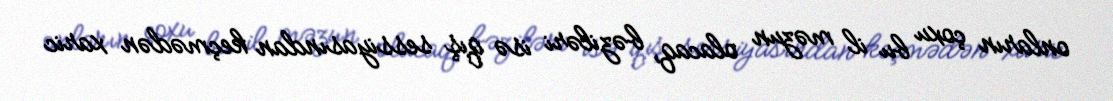
onların çoxu bu il məzun olacaq, bəziləri isə qış sessiyasından keçmədən xaric